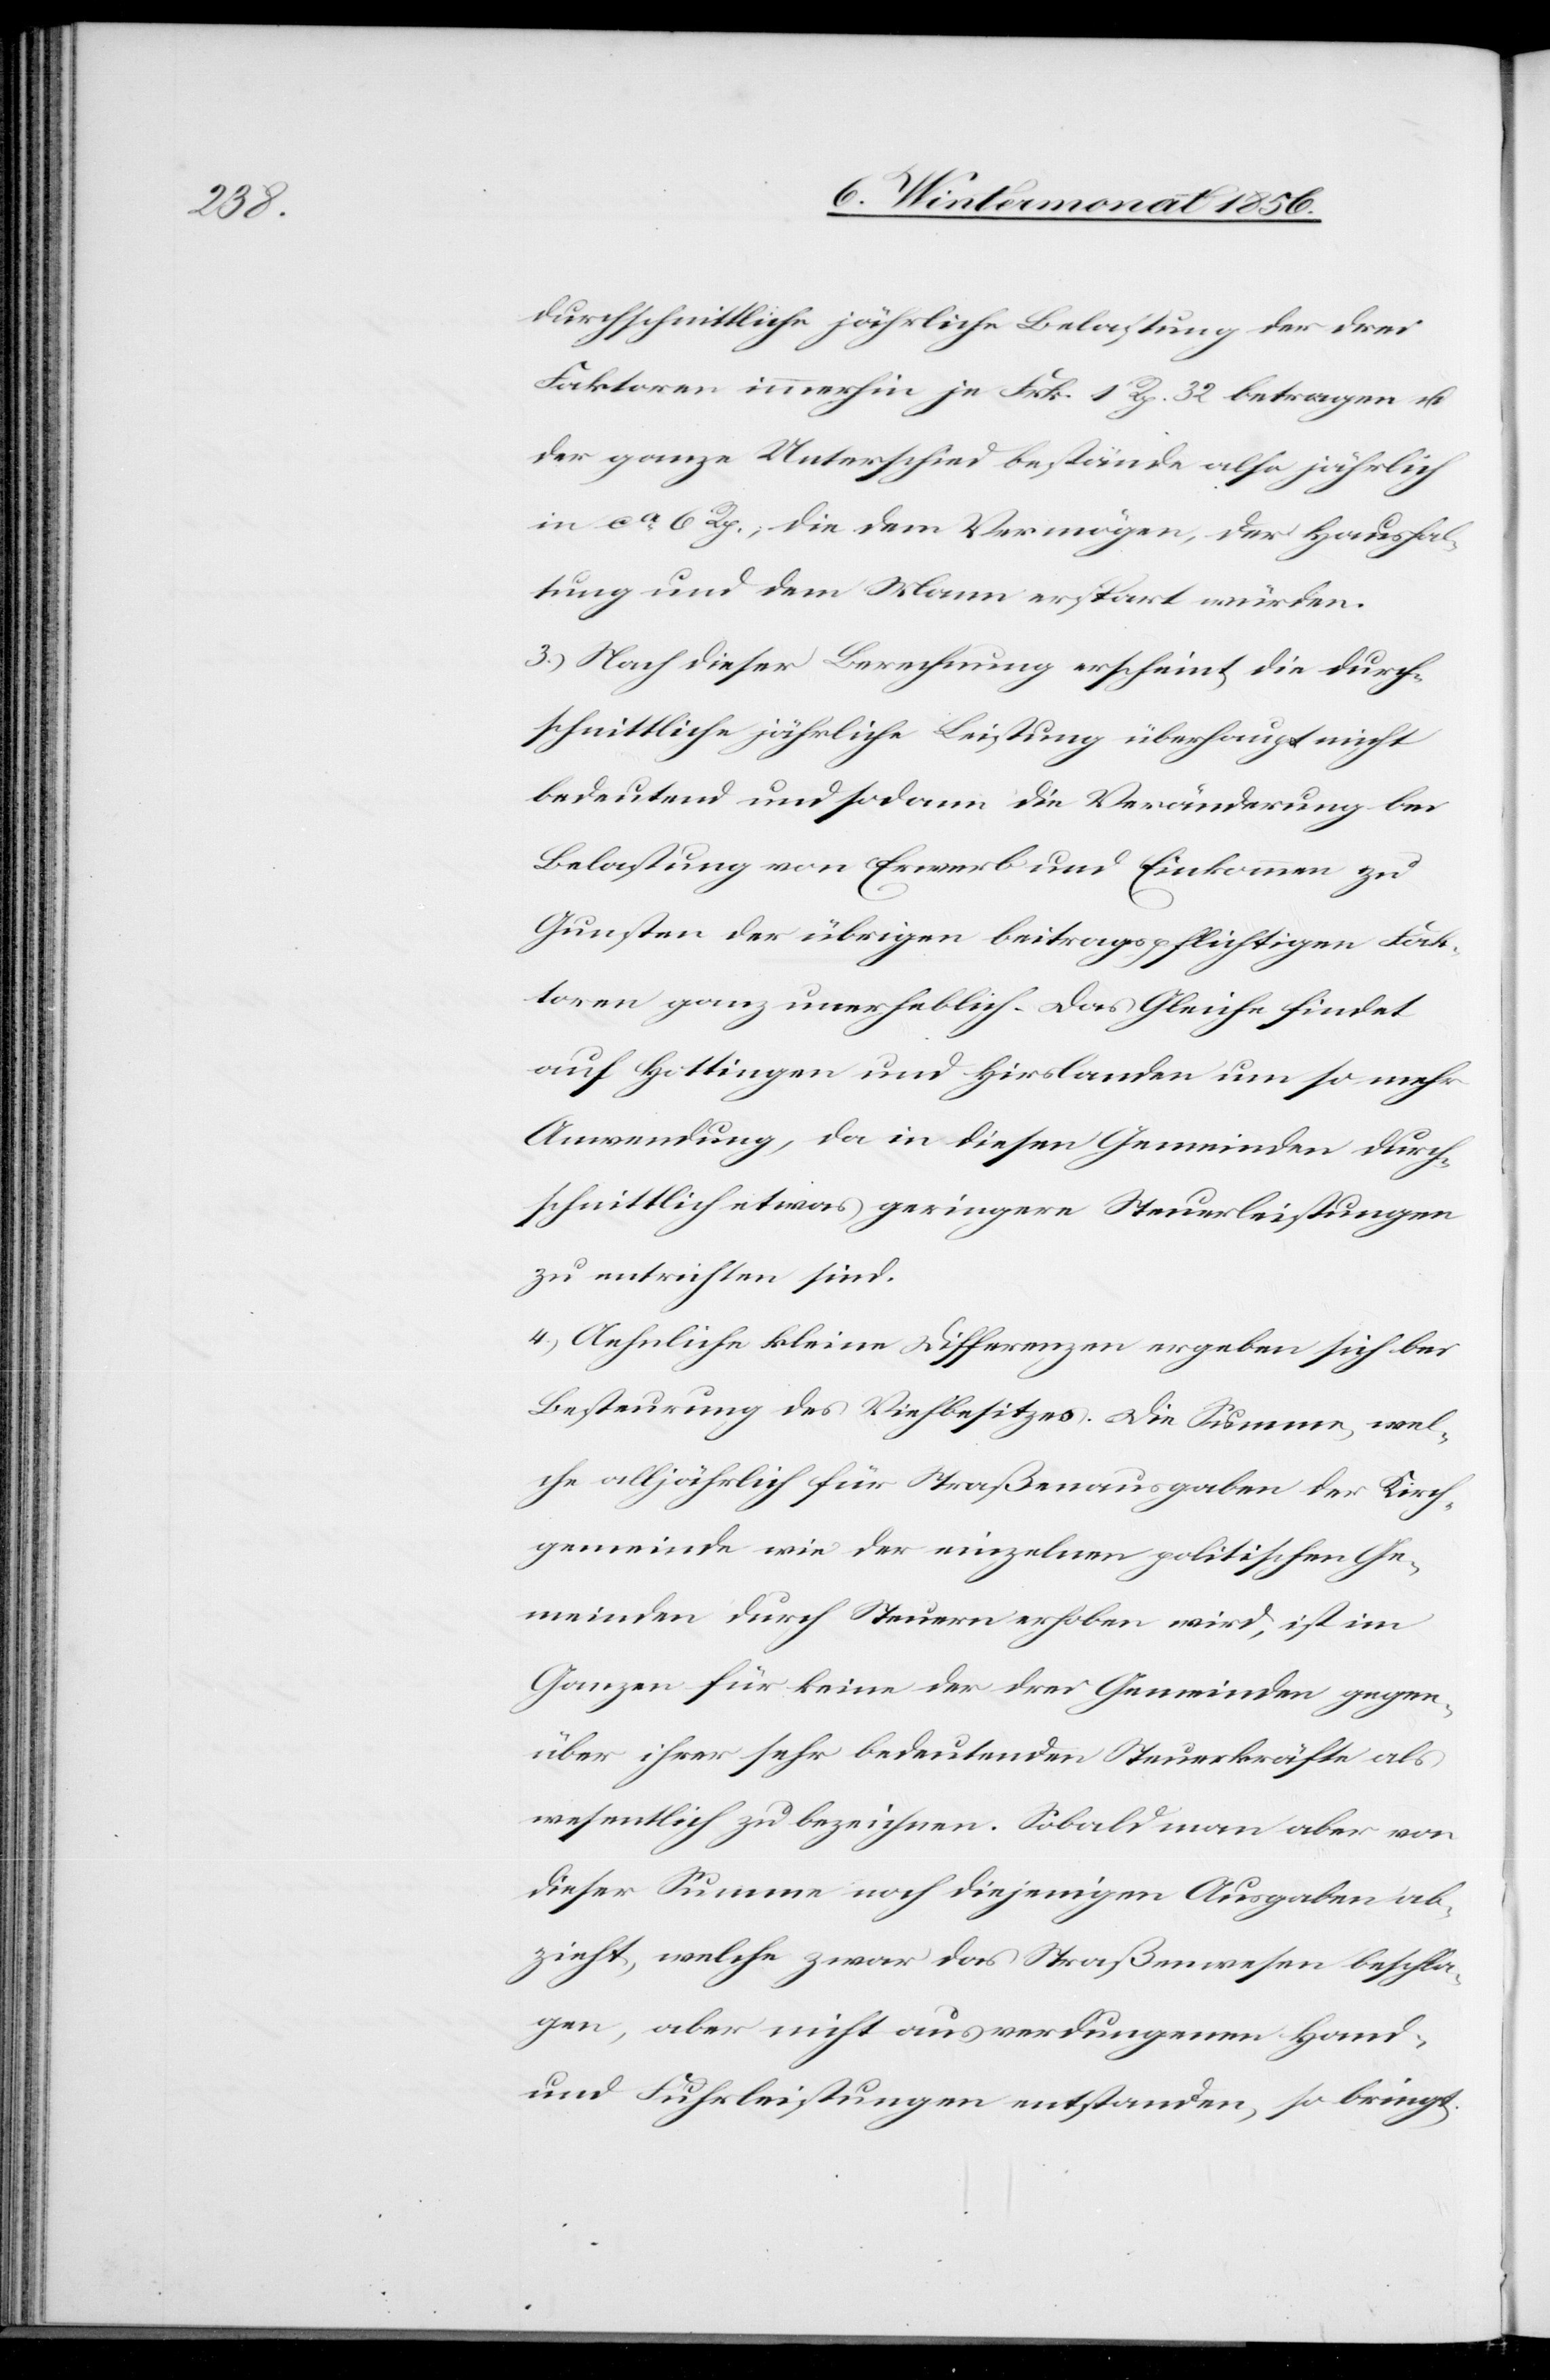
durchschnittliche jährliche Belastung der drei
Faktoren immerhin je Frk. 1 Rp. 32 betragen u.
der ganze Unterschied bestände also jährlich
in ca 6 Rp.; die dem Vermögen, der Haushal¬
tung und dem Mann erspart würden.
3.) Nach dieser Berechnung erscheint die durch¬
schnittliche jährliche Leistung überhaupt nicht
bedeutend und sodann die Veränderung bei
Belastung von Erwerb und Einkommen zu
Gunsten der übrigen beitragspflichtigen Fak¬
toren ganz unerheblich. Das Gleiche findet
auf Hottingen und Hirslanden um so mehr
Anwendung, da in diesen Gemeinden durch¬
schnittlich etwas geringere Steuerleistungen
zu entrichten sind.
4.) Aehnliche kleine Differenzen ergeben sich bei
Besteurung des Viehbesitzes. Die Summe, wel¬
che alljährlich für Straßenausgaben der Kirch¬
gemeinde wie der einzelnen politischen Ge¬
meinden durch Steuern erhoben wird, ist im
Ganzen für keine der drei Gemeinden gegen¬
über ihrer sehr bedeutenden Steuerkräfte als
wesentlich zu bezeichnen. Sobald man aber von
dieser Summe noch diejenigen Ausgaben ab¬
zieht, welche zwar das Straßenwesen beschla¬
gen, aber nicht aus verdungenen Hand-
und Fuhrleistungen entstanden, so bringt